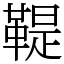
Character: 鞮